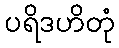
ပရိဒဟိတုံ